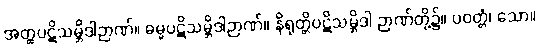
အတ္ထပဋိသမ္ဘိဒါဉာဏ်။ ဓမ္မပဋိသမ္ဘိဒါဉာဏ်။ နိရုတ္တိပဋိသမ္ဘိဒါ ဉာဏ်တို့၌။ ပဝတ္တံ၊ သော။